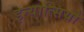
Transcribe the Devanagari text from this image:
इन्यात्सियो